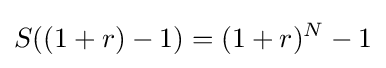
S((1+r)-1)=(1+r)^{N}-1